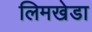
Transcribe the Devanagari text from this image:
लिमखेडा